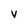
Character: v